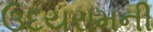
ઉદયરામની